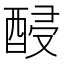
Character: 𨡉